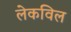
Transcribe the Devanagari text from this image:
लेकविल